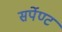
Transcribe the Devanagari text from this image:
सर्पेण्ट